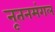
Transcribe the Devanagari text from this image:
नूतनमंगल